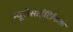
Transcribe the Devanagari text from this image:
न्यूरोसाइंटिफिक